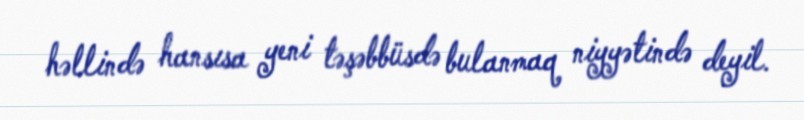
həllində hansısa yeni təşəbbüsdə bulanmaq niyyətində deyil.